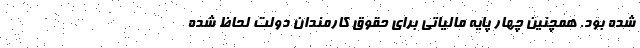
شده بود. همچنین چهار پایه مالیاتی برای حقوق کارمندان دولت لحاظ شده